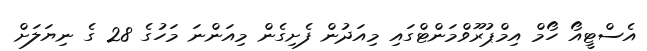
އެސްޓީއޯ ހޯމް އިމްޕުރޫވްމަންޓްގައި މިއަދުން ފެށިގެން މިއަންނަ މަހުގެ 28 ގެ ނިޔަލަށް